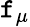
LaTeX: \mathtt{f}_{\mu}